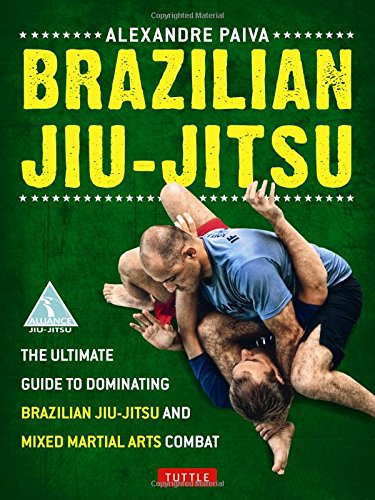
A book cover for Brazilian Jiu-Jitsu: The Ultimate Guide to Dominating Brazilian Jiu-Jitsu and Mixed Martial Arts Combat; Alexandre Paiva; Sports & Outdoors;